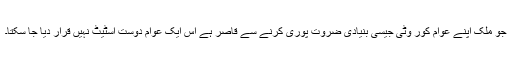
جو ملک اپنے عوام کور وٹی جیسی بنیادی ضروت پوری کرنے سے قاصر ہے اس ایک عوام دوست اسٹیٹ نہیں قرار دیا جا سکتا۔